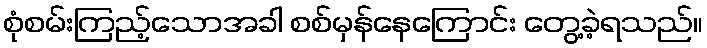
စုံစမ်းကြည့်သောအခါ စစ်မှန်နေကြောင်း တွေ့ခဲ့ရသည်။